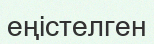
еңістелген